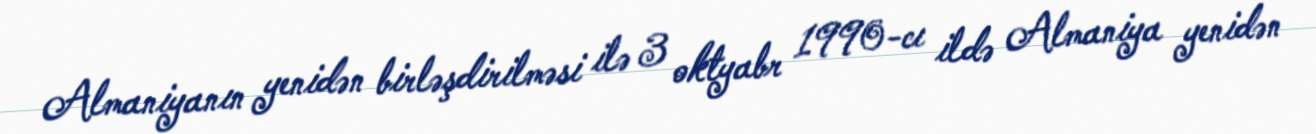
Almaniyanın yenidən birləşdirilməsi ilə 3 oktyabr 1990-cı ildə Almaniya yenidən